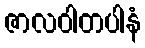
ဇာလဝါတပါနံ